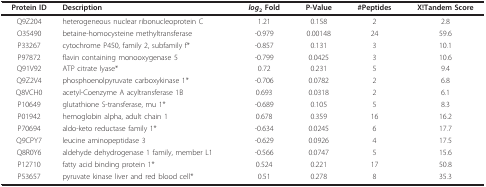
| Protein ID | Description | log2 Fold | P-Value | #Peptides | X!Tandem Score |
 | --- | --- | --- | --- | --- | --- |
 | Q9Z204 | heterogeneous nuclear ribonucleoprotein C | 1.21 | 0.158 | 2 | 2.8 |
 | O35490 | betaine-homocysteine methyltransferase | -0.979 | 0.00148 | 24 | 59.6 |
 | P33267 | cytochrome P450, family 2, subfamily f* | -0.857 | 0.131 | 3 | 10.1 |
 | P97872 | flavin containing monooxygenase 5 | -0.799 | 0.0425 | 3 | 10.6 |
 | Q91V92 | ATP citrate lyase* | 0.72 | 0.231 | 5 | 9.4 |
 | Q9Z2V4 | phosphoenolpyruvate carboxykinase 1* | -0.706 | 0.0782 | 2 | 6.8 |
 | Q8VCH0 | acetyl-Coenzyme A acyltransferase 1B | 0.693 | 0.0318 | 2 | 6.1 |
 | P10649 | glutathione S-transferase, mu 1* | -0.689 | 0.105 | 5 | 8.3 |
 | P01942 | hemoglobin alpha, adult chain 1 | 0.678 | 0.359 | 16 | 16.2 |
 | P70694 | aldo-keto reductase family 1* | -0.634 | 0.0245 | 6 | 17.7 |
 | Q9CPY7 | leucine aminopeptidase 3 | -0.629 | 0.0926 | 4 | 17.5 |
 | Q8R0Y6 | aldehyde dehydrogenase 1 family, member L1 | -0.566 | 0.0747 | 5 | 15.6 |
 | P12710 | fatty acid binding protein 1* | 0.524 | 0.221 | 17 | 50.8 |
 | P53657 | pyruvate kinase liver and red blood cell* | 0.51 | 0.278 | 8 | 35.3 |